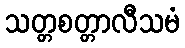
သတ္တစတ္တာလီသမံ